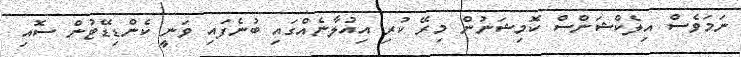
ނަމަވެސް އިލެކްޝަންސް ކޮމިޝަނުން މިރޭ ކުރި އިއުލާނެއްގައި ބުނެފައި ވަނީ ކެންޑިޑޭޓުން ސޮއި